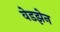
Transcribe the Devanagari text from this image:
वेडझेन